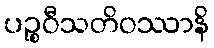
ပဉ္စဝီသတိဝဿာနိ